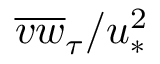
\overline { { v w } } _ { \tau } / u _ { \ast } ^ { 2 }